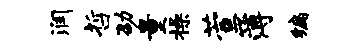
润哲劭量操萱簿编